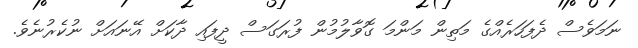
ނަމަވެސް ދެފަހަރެއްގެ މަތިން މަންމަ ގޮވާލުމުން ފުރަގަސް ދީފައި ދާކަށް އޭނައަށް ނުކެރުނެވެ.